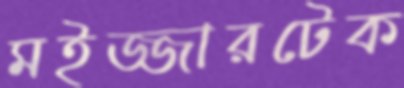
মইজ্জারটেক